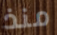
منذ